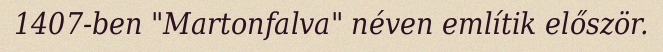
1407-ben "Martonfalva" néven említik először.